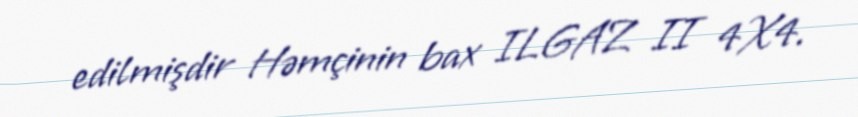
edilmişdir Həmçinin bax ILGAZ II 4X4.